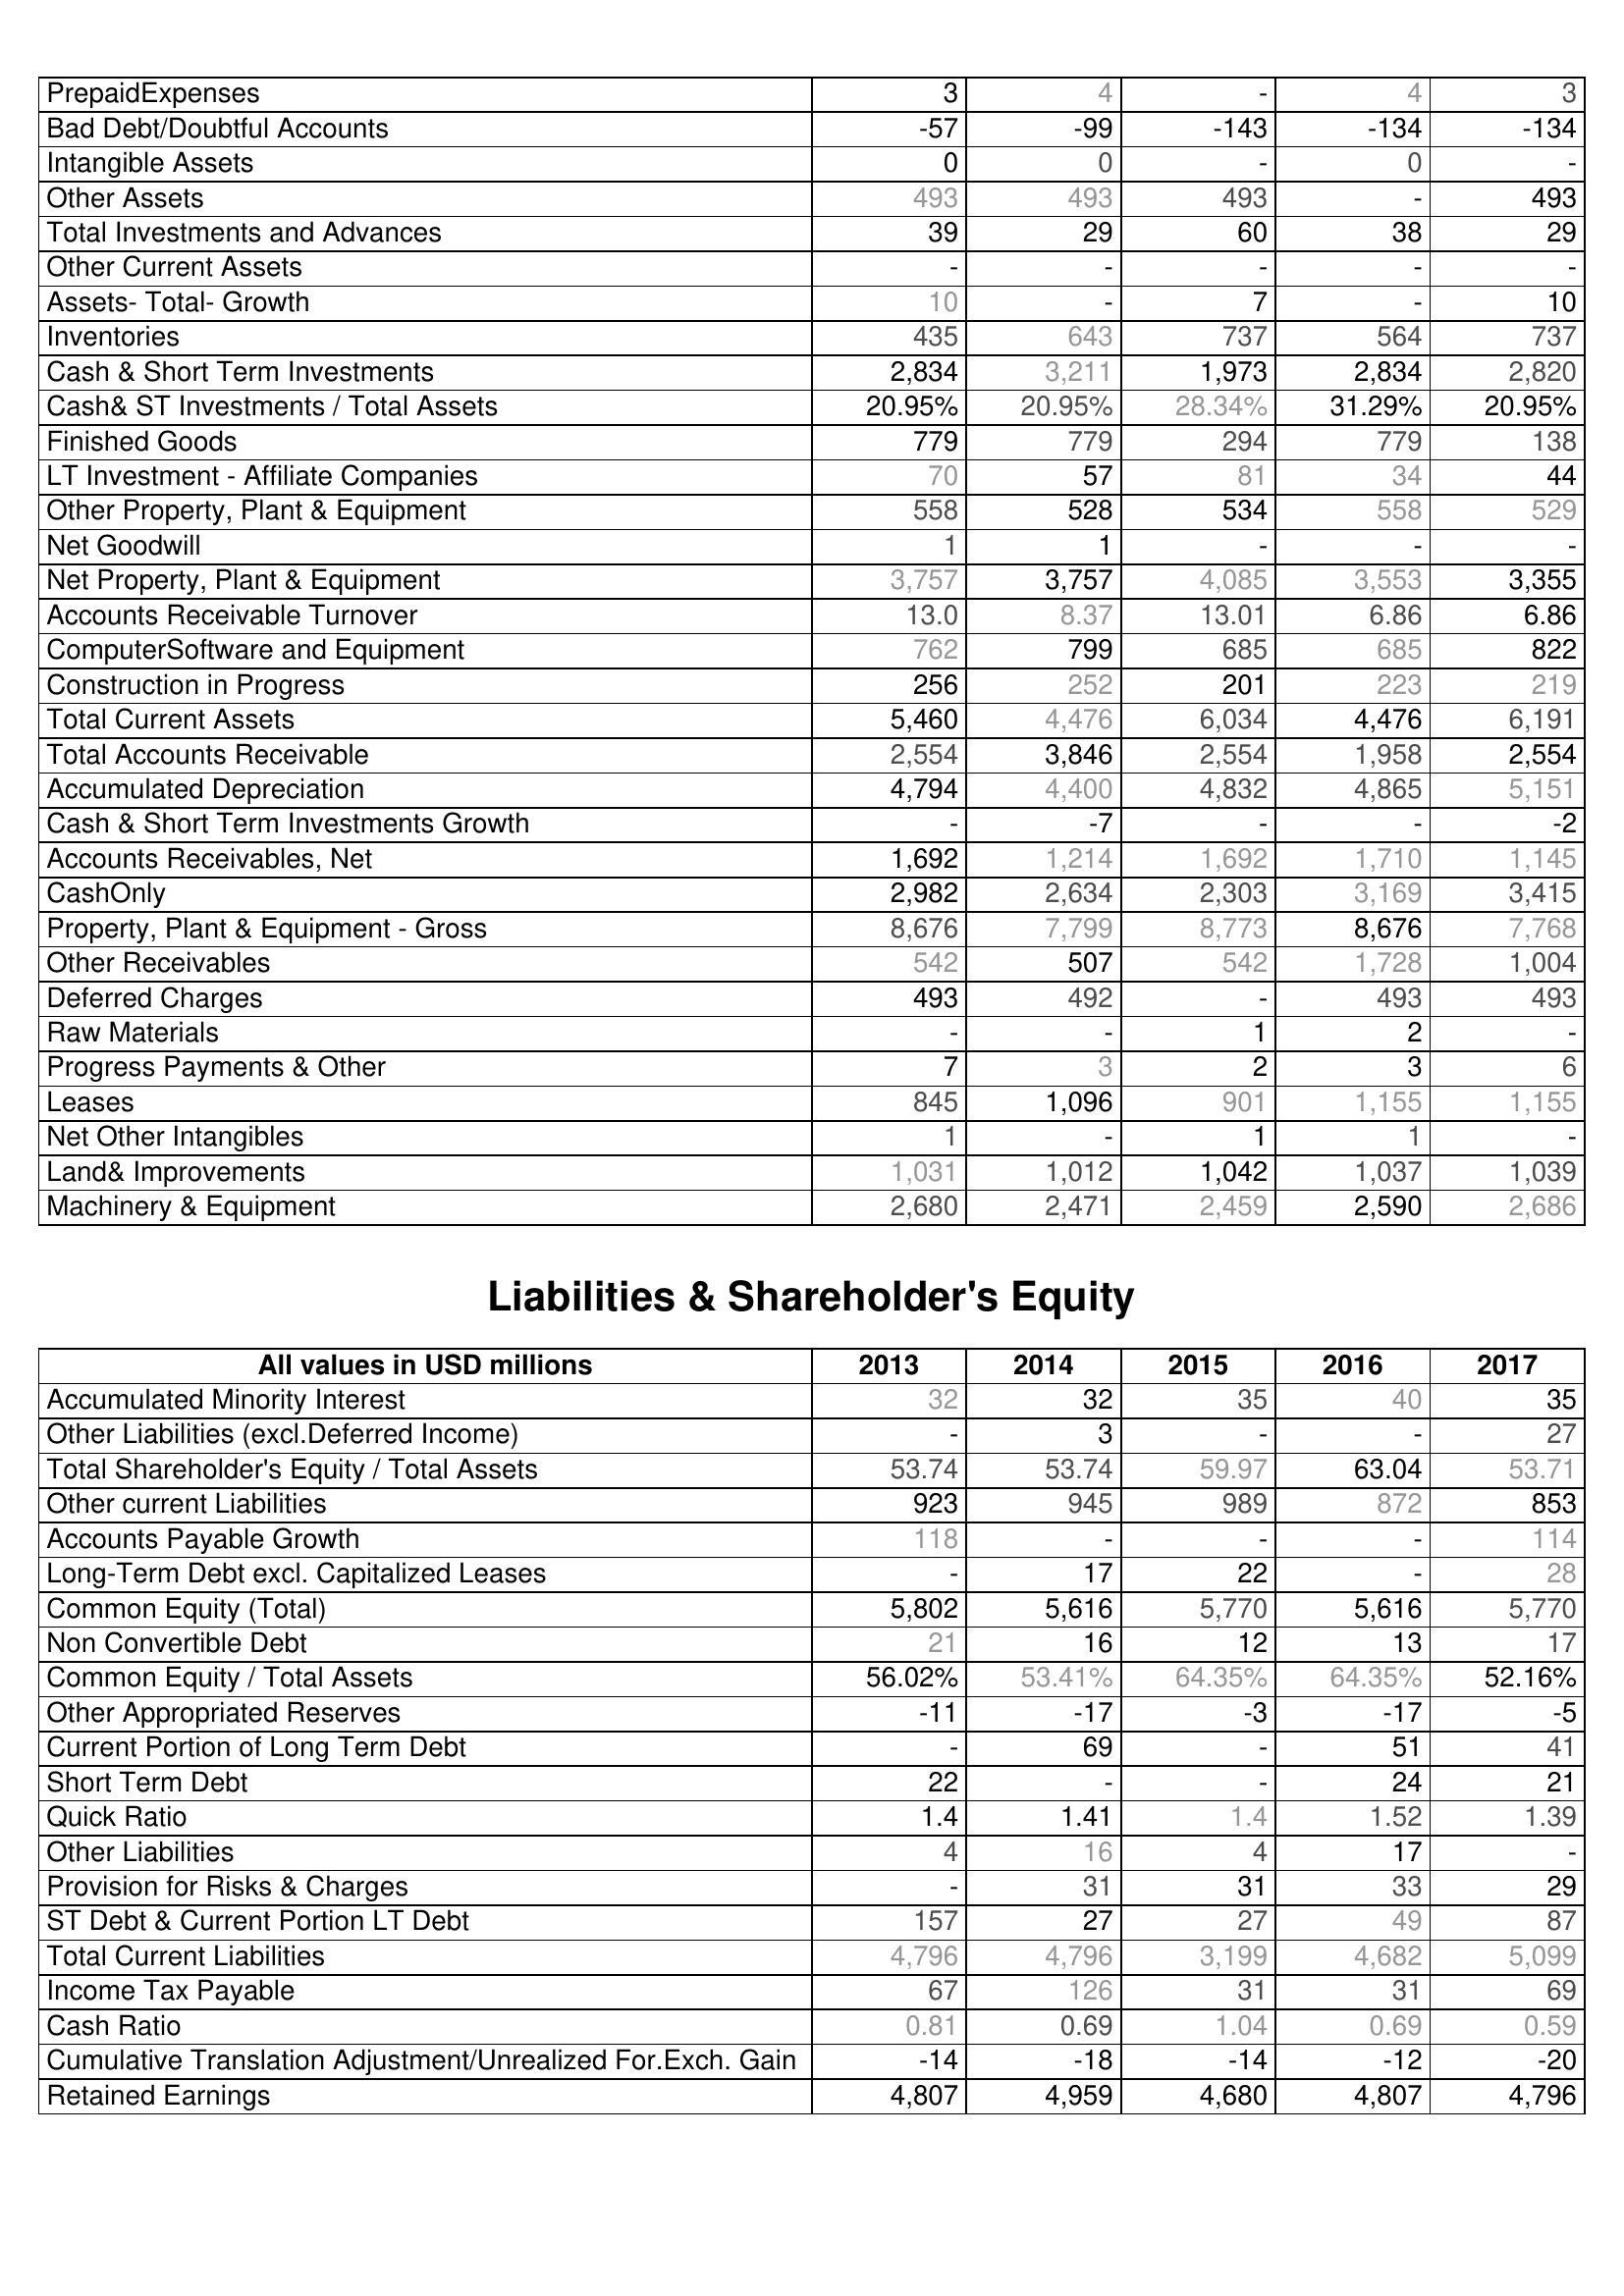
2013: Assets: PrepaidExpenses: 3
Bad Debt/Doubtful Accounts: -57
Intangible Assets: 0
Other Assets: 493
Total Investments and Advances: 39
Other Current Assets: -
Assets- Total- Growth: 10
Inventories: 435
Cash & Short Term Investments: 2,834
Cash& ST Investments / Total Assets: 20.95%
Finished Goods: 779
LT Investment - Affiliate Companies: 70
Other Property, Plant & Equipment: 558
Net Goodwill: 1
Net Property, Plant & Equipment: 3,757
Accounts Receivable Turnover: 13.0
ComputerSoftware and Equipment: 762
Construction in Progress: 256
Total Current Assets: 5,460
Total Accounts Receivable: 2,554
Accumulated Depreciation: 4,794
Cash & Short Term Investments Growth: -
Accounts Receivables, Net: 1,692
CashOnly: 2,982
Property, Plant & Equipment - Gross : 8,676
Other Receivables: 542
Deferred Charges: 493
Raw Materials: -
Progress Payments & Other: 7
Leases: 845
Net Other Intangibles: 1
Land& Improvements: 1,031
Machinery & Equipment: 2,680
Liabilities & Shareholder's Equity: Accumulated Minority Interest: 32
Other Liabilities (excl.Deferred Income): -
Total Shareholder's Equity / Total Assets: 53.74
Other current Liabilities: 923
Accounts Payable Growth: 118
Long-Term Debt excl. Capitalized Leases: -
Common Equity (Total): 5,802
Non Convertible Debt: 21
Common Equity / Total Assets: 56.02%
Other Appropriated Reserves: -11
Current Portion of Long Term Debt: -
Short Term Debt: 22
Quick Ratio: 1.4
Other Liabilities: 4
Provision for Risks & Charges: -
ST Debt & Current Portion LT Debt: 157
Total Current Liabilities: 4,796
Income Tax Payable: 67
Cash Ratio: 0.81
Cumulative Translation Adjustment/Unrealized For.Exch. Gain: -14
Retained Earnings: 4,807
2014: Assets: PrepaidExpenses: 4
Bad Debt/Doubtful Accounts: -99
Intangible Assets: 0
Other Assets: 493
Total Investments and Advances: 29
Other Current Assets: -
Assets- Total- Growth: -
Inventories: 643
Cash & Short Term Investments: 3,211
Cash& ST Investments / Total Assets: 20.95%
Finished Goods: 779
LT Investment - Affiliate Companies: 57
Other Property, Plant & Equipment: 528
Net Goodwill: 1
Net Property, Plant & Equipment: 3,757
Accounts Receivable Turnover: 8.37
ComputerSoftware and Equipment: 799
Construction in Progress: 252
Total Current Assets: 4,476
Total Accounts Receivable: 3,846
Accumulated Depreciation: 4,400
Cash & Short Term Investments Growth: -7
Accounts Receivables, Net: 1,214
CashOnly: 2,634
Property, Plant & Equipment - Gross : 7,799
Other Receivables: 507
Deferred Charges: 492
Raw Materials: -
Progress Payments & Other: 3
Leases: 1,096
Net Other Intangibles: -
Land& Improvements: 1,012
Machinery & Equipment: 2,471
Liabilities & Shareholder's Equity: Accumulated Minority Interest: 32
Other Liabilities (excl.Deferred Income): 3
Total Shareholder's Equity / Total Assets: 53.74
Other current Liabilities: 945
Accounts Payable Growth: -
Long-Term Debt excl. Capitalized Leases: 17
Common Equity (Total): 5,616
Non Convertible Debt: 16
Common Equity / Total Assets: 53.41%
Other Appropriated Reserves: -17
Current Portion of Long Term Debt: 69
Short Term Debt: -
Quick Ratio: 1.41
Other Liabilities: 16
Provision for Risks & Charges: 31
ST Debt & Current Portion LT Debt: 27
Total Current Liabilities: 4,796
Income Tax Payable: 126
Cash Ratio: 0.69
Cumulative Translation Adjustment/Unrealized For.Exch. Gain: -18
Retained Earnings: 4,959
2015: Assets: PrepaidExpenses: -
Bad Debt/Doubtful Accounts: -143
Intangible Assets: -
Other Assets: 493
Total Investments and Advances: 60
Other Current Assets: -
Assets- Total- Growth: 7
Inventories: 737
Cash & Short Term Investments: 1,973
Cash& ST Investments / Total Assets: 28.34%
Finished Goods: 294
LT Investment - Affiliate Companies: 81
Other Property, Plant & Equipment: 534
Net Goodwill: -
Net Property, Plant & Equipment: 4,085
Accounts Receivable Turnover: 13.01
ComputerSoftware and Equipment: 685
Construction in Progress: 201
Total Current Assets: 6,034
Total Accounts Receivable: 2,554
Accumulated Depreciation: 4,832
Cash & Short Term Investments Growth: -
Accounts Receivables, Net: 1,692
CashOnly: 2,303
Property, Plant & Equipment - Gross : 8,773
Other Receivables: 542
Deferred Charges: -
Raw Materials: 1
Progress Payments & Other: 2
Leases: 901
Net Other Intangibles: 1
Land& Improvements: 1,042
Machinery & Equipment: 2,459
Liabilities & Shareholder's Equity: Accumulated Minority Interest: 35
Other Liabilities (excl.Deferred Income): -
Total Shareholder's Equity / Total Assets: 59.97
Other current Liabilities: 989
Accounts Payable Growth: -
Long-Term Debt excl. Capitalized Leases: 22
Common Equity (Total): 5,770
Non Convertible Debt: 12
Common Equity / Total Assets: 64.35%
Other Appropriated Reserves: -3
Current Portion of Long Term Debt: -
Short Term Debt: -
Quick Ratio: 1.4
Other Liabilities: 4
Provision for Risks & Charges: 31
ST Debt & Current Portion LT Debt: 27
Total Current Liabilities: 3,199
Income Tax Payable: 31
Cash Ratio: 1.04
Cumulative Translation Adjustment/Unrealized For.Exch. Gain: -14
Retained Earnings: 4,680
2016: Assets: PrepaidExpenses: 4
Bad Debt/Doubtful Accounts: -134
Intangible Assets: 0
Other Assets: -
Total Investments and Advances: 38
Other Current Assets: -
Assets- Total- Growth: -
Inventories: 564
Cash & Short Term Investments: 2,834
Cash& ST Investments / Total Assets: 31.29%
Finished Goods: 779
LT Investment - Affiliate Companies: 34
Other Property, Plant & Equipment: 558
Net Goodwill: -
Net Property, Plant & Equipment: 3,553
Accounts Receivable Turnover: 6.86
ComputerSoftware and Equipment: 685
Construction in Progress: 223
Total Current Assets: 4,476
Total Accounts Receivable: 1,958
Accumulated Depreciation: 4,865
Cash & Short Term Investments Growth: -
Accounts Receivables, Net: 1,710
CashOnly: 3,169
Property, Plant & Equipment - Gross : 8,676
Other Receivables: 1,728
Deferred Charges: 493
Raw Materials: 2
Progress Payments & Other: 3
Leases: 1,155
Net Other Intangibles: 1
Land& Improvements: 1,037
Machinery & Equipment: 2,590
Liabilities & Shareholder's Equity: Accumulated Minority Interest: 40
Other Liabilities (excl.Deferred Income): -
Total Shareholder's Equity / Total Assets: 63.04
Other current Liabilities: 872
Accounts Payable Growth: -
Long-Term Debt excl. Capitalized Leases: -
Common Equity (Total): 5,616
Non Convertible Debt: 13
Common Equity / Total Assets: 64.35%
Other Appropriated Reserves: -17
Current Portion of Long Term Debt: 51
Short Term Debt: 24
Quick Ratio: 1.52
Other Liabilities: 17
Provision for Risks & Charges: 33
ST Debt & Current Portion LT Debt: 49
Total Current Liabilities: 4,682
Income Tax Payable: 31
Cash Ratio: 0.69
Cumulative Translation Adjustment/Unrealized For.Exch. Gain: -12
Retained Earnings: 4,807
2017: Assets: PrepaidExpenses: 3
Bad Debt/Doubtful Accounts: -134
Intangible Assets: -
Other Assets: 493
Total Investments and Advances: 29
Other Current Assets: -
Assets- Total- Growth: 10
Inventories: 737
Cash & Short Term Investments: 2,820
Cash& ST Investments / Total Assets: 20.95%
Finished Goods: 138
LT Investment - Affiliate Companies: 44
Other Property, Plant & Equipment: 529
Net Goodwill: -
Net Property, Plant & Equipment: 3,355
Accounts Receivable Turnover: 6.86
ComputerSoftware and Equipment: 822
Construction in Progress: 219
Total Current Assets: 6,191
Total Accounts Receivable: 2,554
Accumulated Depreciation: 5,151
Cash & Short Term Investments Growth: -2
Accounts Receivables, Net: 1,145
CashOnly: 3,415
Property, Plant & Equipment - Gross : 7,768
Other Receivables: 1,004
Deferred Charges: 493
Raw Materials: -
Progress Payments & Other: 6
Leases: 1,155
Net Other Intangibles: -
Land& Improvements: 1,039
Machinery & Equipment: 2,686
Liabilities & Shareholder's Equity: Accumulated Minority Interest: 35
Other Liabilities (excl.Deferred Income): 27
Total Shareholder's Equity / Total Assets: 53.71
Other current Liabilities: 853
Accounts Payable Growth: 114
Long-Term Debt excl. Capitalized Leases: 28
Common Equity (Total): 5,770
Non Convertible Debt: 17
Common Equity / Total Assets: 52.16%
Other Appropriated Reserves: -5
Current Portion of Long Term Debt: 41
Short Term Debt: 21
Quick Ratio: 1.39
Other Liabilities: -
Provision for Risks & Charges: 29
ST Debt & Current Portion LT Debt: 87
Total Current Liabilities: 5,099
Income Tax Payable: 69
Cash Ratio: 0.59
Cumulative Translation Adjustment/Unrealized For.Exch. Gain: -20
Retained Earnings: 4,796